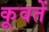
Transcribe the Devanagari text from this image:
कूवतें